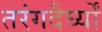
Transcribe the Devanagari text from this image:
तरंगदैर्घ्यों